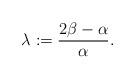
LaTeX: \begin{align*} \lambda:=\frac{2\beta-\alpha}{\alpha}.\end{align*}